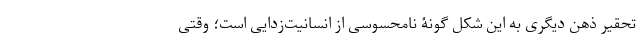
تحقیر ذهن دیگری به این شکلْ گونۀ نامحسوسی از انسانیت‌زدایی است؛ وقتی